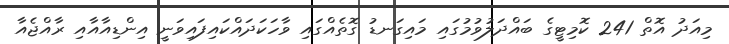
މިއަދު އޮތް 241 ކޮމިޓީގެ ބައްދަލުވުމުގައި މައިގަނޑު ގޮތެއްގައި ވާހަކަދައްކައިފައިވަނީ އިންޑިއާއާއި ރާއްޖެއާ